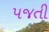
પજતી